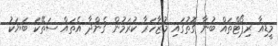
މީޑިއާ ރިޕޯޓްތައް ބުނާ ގޮތުގައި މުޒާހަރާ ކުރަމުން ގެންދާ އެތައް ސަތޭކަ ބަޔަކު